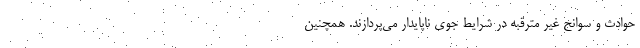
حوادث و سوانح غیر مترقبه در شرایط جوی ناپایدار می‌پردازند. همچنین